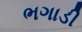
ભગાડી